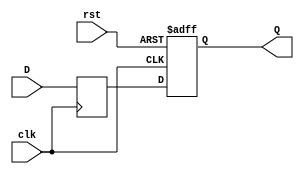
module DFF_delay(
  input wire clk,
  input wire rst,
  input wire D,
  output reg Q
);

reg Q_delayed;

always @ (posedge clk or posedge rst)
begin
  if (rst)
    Q <= 1'b0;
  else
    Q <= Q_delayed;
end

always @ (posedge clk)
begin
  Q_delayed <= D;
end

endmodule